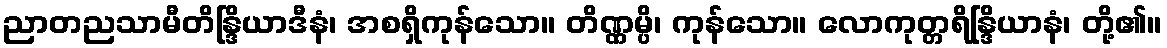
ညာတညသာမီတိန္ဒြိယာဒီနံ၊ အစရှိကုန်သော။ တိဏ္ဏမ္ပိ၊ ကုန်သော။ လောကုတ္တရိန္ဒြိယာနံ၊ တို့၏။